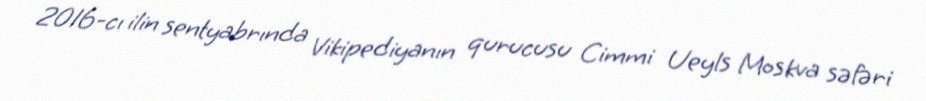
2016-cı ilin sentyabrında Vikipediyanın qurucusu Cimmi Ueyls Moskva səfəri